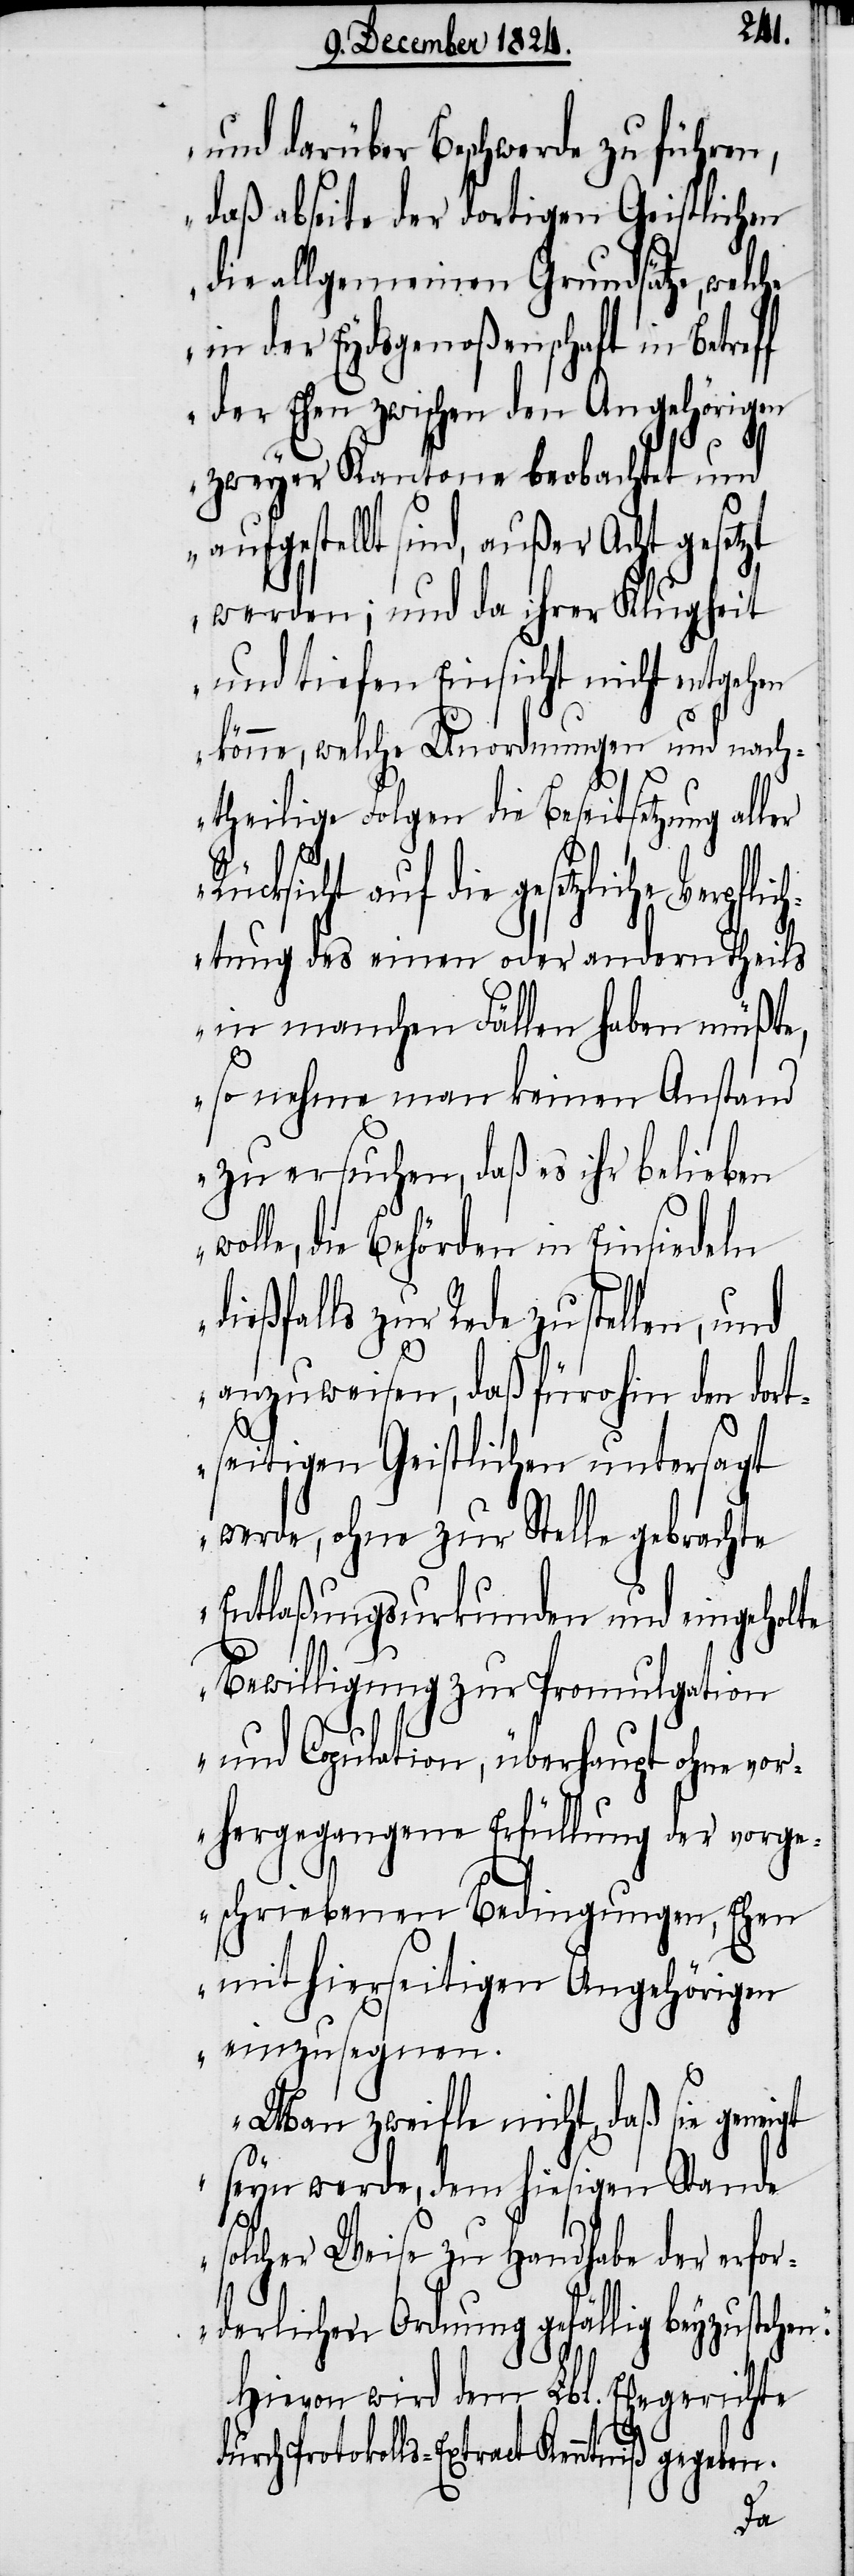
und darüber Beschwerde zu führen,
daß abseite der dortigen Geistlichen
die allgemeinen Grundsätze, welche
in der Eydsgenoßenschaft in Betre¬
der Ehen zwischen den Angehörigen
ff
zweyer Kantone beobachtet und
aufgestellt sind, außer Acht
werden; und da ihrer Klugheit
und tiefen Einsicht nicht entgehen
könne, welche Unordnungen und nach¬
theilige Folgen die Beseitsetzung al¬
Rücksicht auf die gesetzliche Verpf¬
lichtung des einen oder andern Theils
in manchen Fällen haben müßte,
so nehme man keinen Anstand
zu ersuchen, daß es ihr belieben
wolle, die Behörden in Einsiedeln
dießfalls zur Rede zu stellen,
anzuweisen, daß fürohin den dort¬
seitigen Geistlichen untersagt
werde, ohne zur Stelle gebrachte
Entlaßungsurkunden und eingeholt¬
Bewilligung zu Promulgation
und Copulation, überhaupt ohne vor¬
hergegangene Erfüllung der vorge¬
schriebenen Bedingungen, Ehe
mit hierseitigen Angehörigen
einzusegnen.
Man zweifle nicht, daß sie geneigt
seyn werde, dem hiesigen Stande
solcher Weise zu Handhabe der erfor¬
derlichen Ordnung gefällig beyzustehe¬
Hievon wird dem Lbl. Ehegerichte
Protokolls-Extract Kenntniß gegeben.

n.“